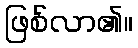
ဖြစ်လာ၏။